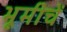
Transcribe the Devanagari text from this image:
भूमीचें